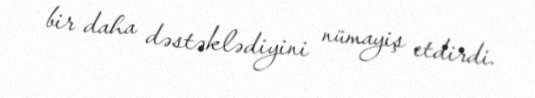
bir daha dəstəklədiyini nümayiş etdirdi.